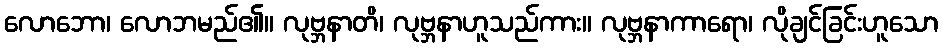
လောဘော၊ လောဘမည်၏။ လုဗ္ဘနာတိ၊ လုဗ္ဘနာဟူသည်ကား။ လုဗ္ဘနာကာရော၊ လိုချင်ခြင်းဟူသော